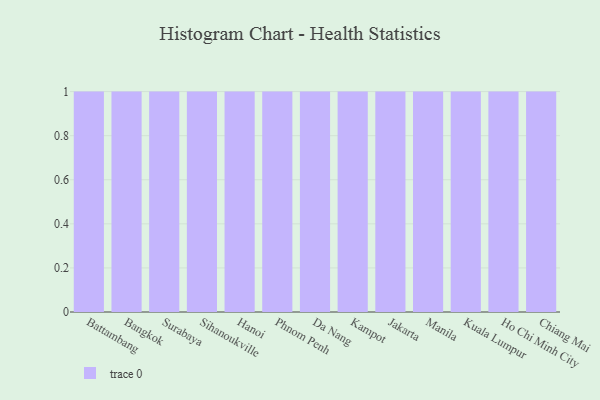
{"axis": {"x": "City", "y": "Active Users"}, "legend": [""], "data": [{"x": "Battambang", "y": 41, "type": ""}, {"x": "Bangkok", "y": 84, "type": ""}, {"x": "Surabaya", "y": 55, "type": ""}, {"x": "Sihanoukville", "y": 91, "type": ""}, {"x": "Hanoi", "y": 79, "type": ""}, {"x": "Phnom Penh", "y": 100, "type": ""}, {"x": "Da Nang", "y": 70, "type": ""}, {"x": "Kampot", "y": 100, "type": ""}, {"x": "Jakarta", "y": 21, "type": ""}, {"x": "Manila", "y": 52, "type": ""}, {"x": "Kuala Lumpur", "y": 74, "type": ""}, {"x": "Ho Chi Minh City", "y": 56, "type": ""}, {"x": "Chiang Mai", "y": 29, "type": ""}]}